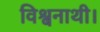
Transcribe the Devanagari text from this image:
विश्वनाथी।